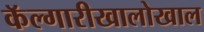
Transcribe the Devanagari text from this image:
कॅल्गारीखालोखाल